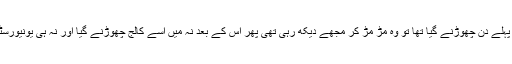
عنیزہ کو سکول کے پہلے دن چھوڑنے گیا تھا تو وہ مڑ مڑ کر مجھے دیکھ رہی تھی پھر اس کے بعد نہ مَیں اسے کالج چھوڑنے گیا اور نہ ہی یونیورسٹی کہ اس نے اپنا ایم۔